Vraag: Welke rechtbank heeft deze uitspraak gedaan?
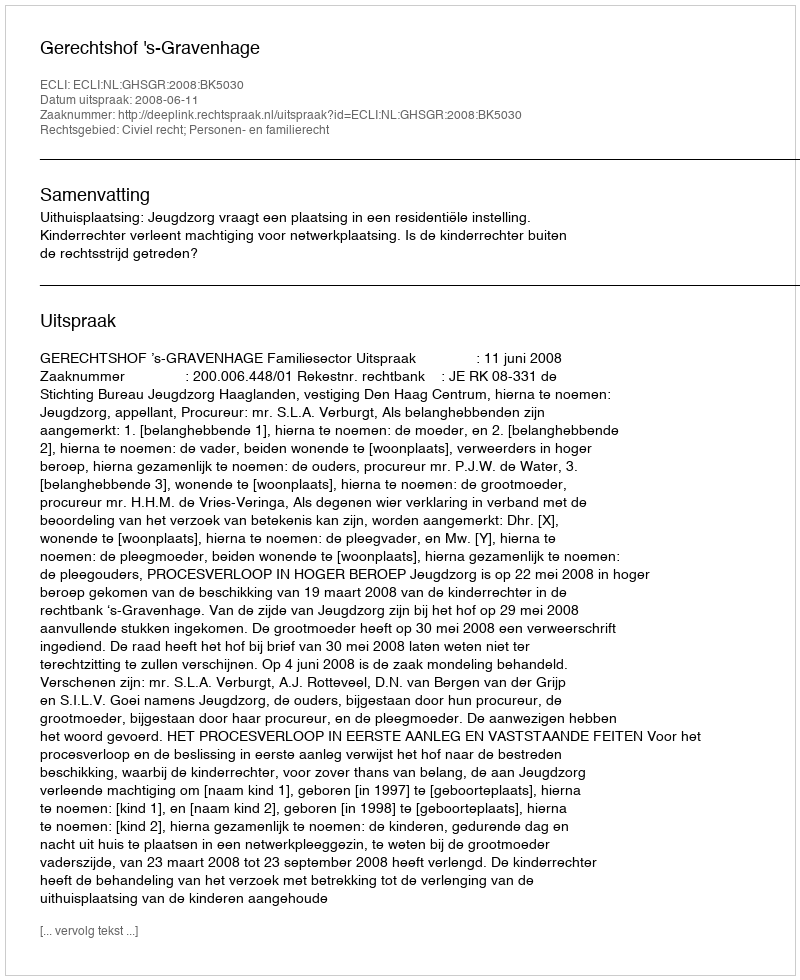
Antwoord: Gerechtshof 's-Gravenhage